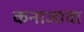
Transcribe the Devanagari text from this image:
कनाजावा